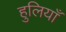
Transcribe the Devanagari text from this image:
हुलियाँ